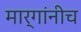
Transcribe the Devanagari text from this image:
मार्गांनीच